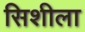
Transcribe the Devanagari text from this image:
सिशीला